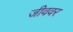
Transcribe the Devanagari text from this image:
जीववर